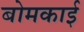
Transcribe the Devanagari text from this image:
बोमकाई